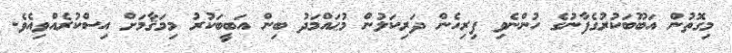
މިގޮތުން އަބޫބަކުރުގެފާނުގެ ހުންނެވި ފިރިހެން ދަރިކަލުން މުޙައްމަދު ބިން އަބީބަކުރު މިމަޤާމަށް އިސްކުރެއްވިއެވެ.